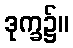
ဒုက္ခ၌။